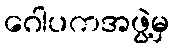
ဂေါပကအဖွဲ့မှ